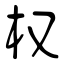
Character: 权